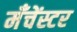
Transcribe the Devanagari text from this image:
मँचेंस्टर